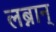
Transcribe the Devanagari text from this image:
लब्नान्